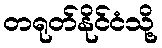
တရုတ်နိုင်ငံသို့